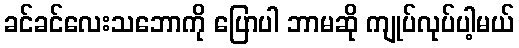
ခင်ခင်လေးသဘောကို ပြောပါ ဘာမဆို ကျုပ်လုပ်ပါ့မယ်